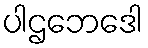
ပါဌဘေဒေါ